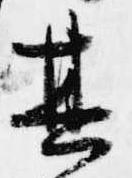
其